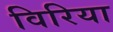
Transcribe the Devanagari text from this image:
विरिया